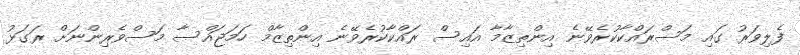
ފެލިވަރު ގައި މަސްރައްކާކުރެވޭނެ އިންތިޒާމާ އައިސް ރައްކާކުރެވޭނެ އިންތިޒާމް ހަމަޖައްސާ މަސްވެރިންނަށް ރަގަޅު